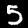
Digit: 5